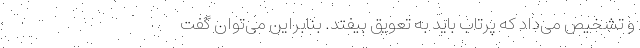
و تشخیص می‌داد که پرتاب باید به تعویق بیفتد. بنابراین می‌توان گفت